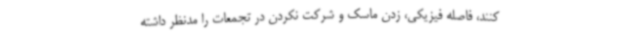
کنند، فاصله فیزیکی، زدن ماسک و شرکت نکردن در تجمعات را مدنظر داشته